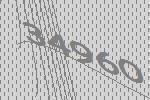
34960